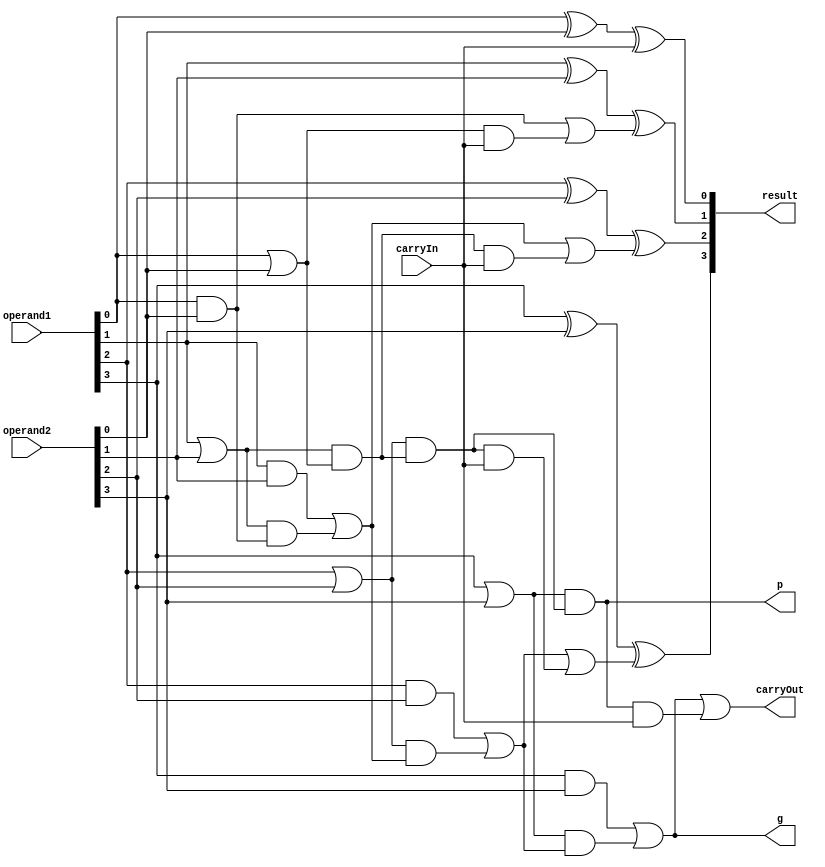
module CLA(operand1, operand2, carryIn, result, carryOut, p, g);// Carry Lookahead
parameter bits = 4;

input wire [bits-1:0] operand1;
input wire [bits-1:0] operand2;
input wire carryIn;

output wire [bits-1:0] result;
output wire carryOut;
output wire p;
output wire g;

wire bitsP [bits-1:0];
wire bitsG [bits-1:0];
wire innerP [bits-1:0];
wire innerG [bits-1:0];
wire resC [bits-1:0];

assign p = innerP[bits-1];
assign g = innerG[bits-1];

assign resC[0] = carryIn;
assign innerG[0] = bitsG[0];
assign innerP[0] = bitsP[0];

genvar gi;
generate
    for(gi = 0;gi < bits;gi = gi + 1) begin
        assign bitsP[gi] = operand1[gi] | operand2[gi];             // Generate Propagate singal for each bits
        assign bitsG[gi] = operand1[gi] & operand2[gi];             // Generate Generate singal for each bits
    end
endgenerate

//assign carryOut = bitsG[bits-1] | (bitsP[bits-1] & resC[bits-1]);
assign carryOut = g | (p & carryIn);
genvar gj;
generate
    for(gj = 1;gj < bits;gj = gj + 1) begin
        assign innerG[gj] = bitsG[gj] | (bitsP[gj] & innerG[gj-1]); // Internal middle logic for generate Generate singal output (G = gi + pi*(gi-1 + pi-1*(```)))
        assign innerP[gj] = bitsP[gj] & innerP[gj-1];               // Internal middle logic for generate Propagate singal output (P = pi * pi-1 * ``` * p0)
        //assign resC[gj] = bitsG[gj-1] | (bitsP[gj-1] & resC[gj-1]); // Carry signal for calculate result
        assign resC[gj] = innerG[gj-1] | (innerP[gj-1] & carryIn); // Carry signal for calculate result
    end
endgenerate

genvar gk;
generate
    for(gk = 0;gk < bits;gk = gk + 1) begin
        assign result[gk] = operand1[gk]^operand2[gk]^resC[gk];             // Calculate result
    end
endgenerate
 
endmodule